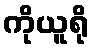
ကိုယူရို